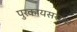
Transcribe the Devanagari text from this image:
पुरकायसस्था